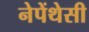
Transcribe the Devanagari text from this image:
नेपेंथेसी